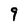
Character: 9